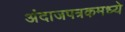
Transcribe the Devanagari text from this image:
अंदाजपत्रकमध्ये